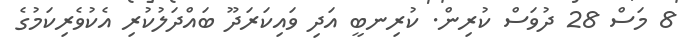
8 މަސް 28 ދުވަސް ކުރިން. ކުރިނބީ އަދި ވައިކަރަދޫ ބައްދަލުކުރި އެކުވެރިކަމުގެ